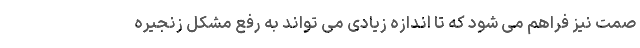
صمت نیز فراهم می شود که تا اندازه زیادی می تواند به رفع مشکل زنجیره